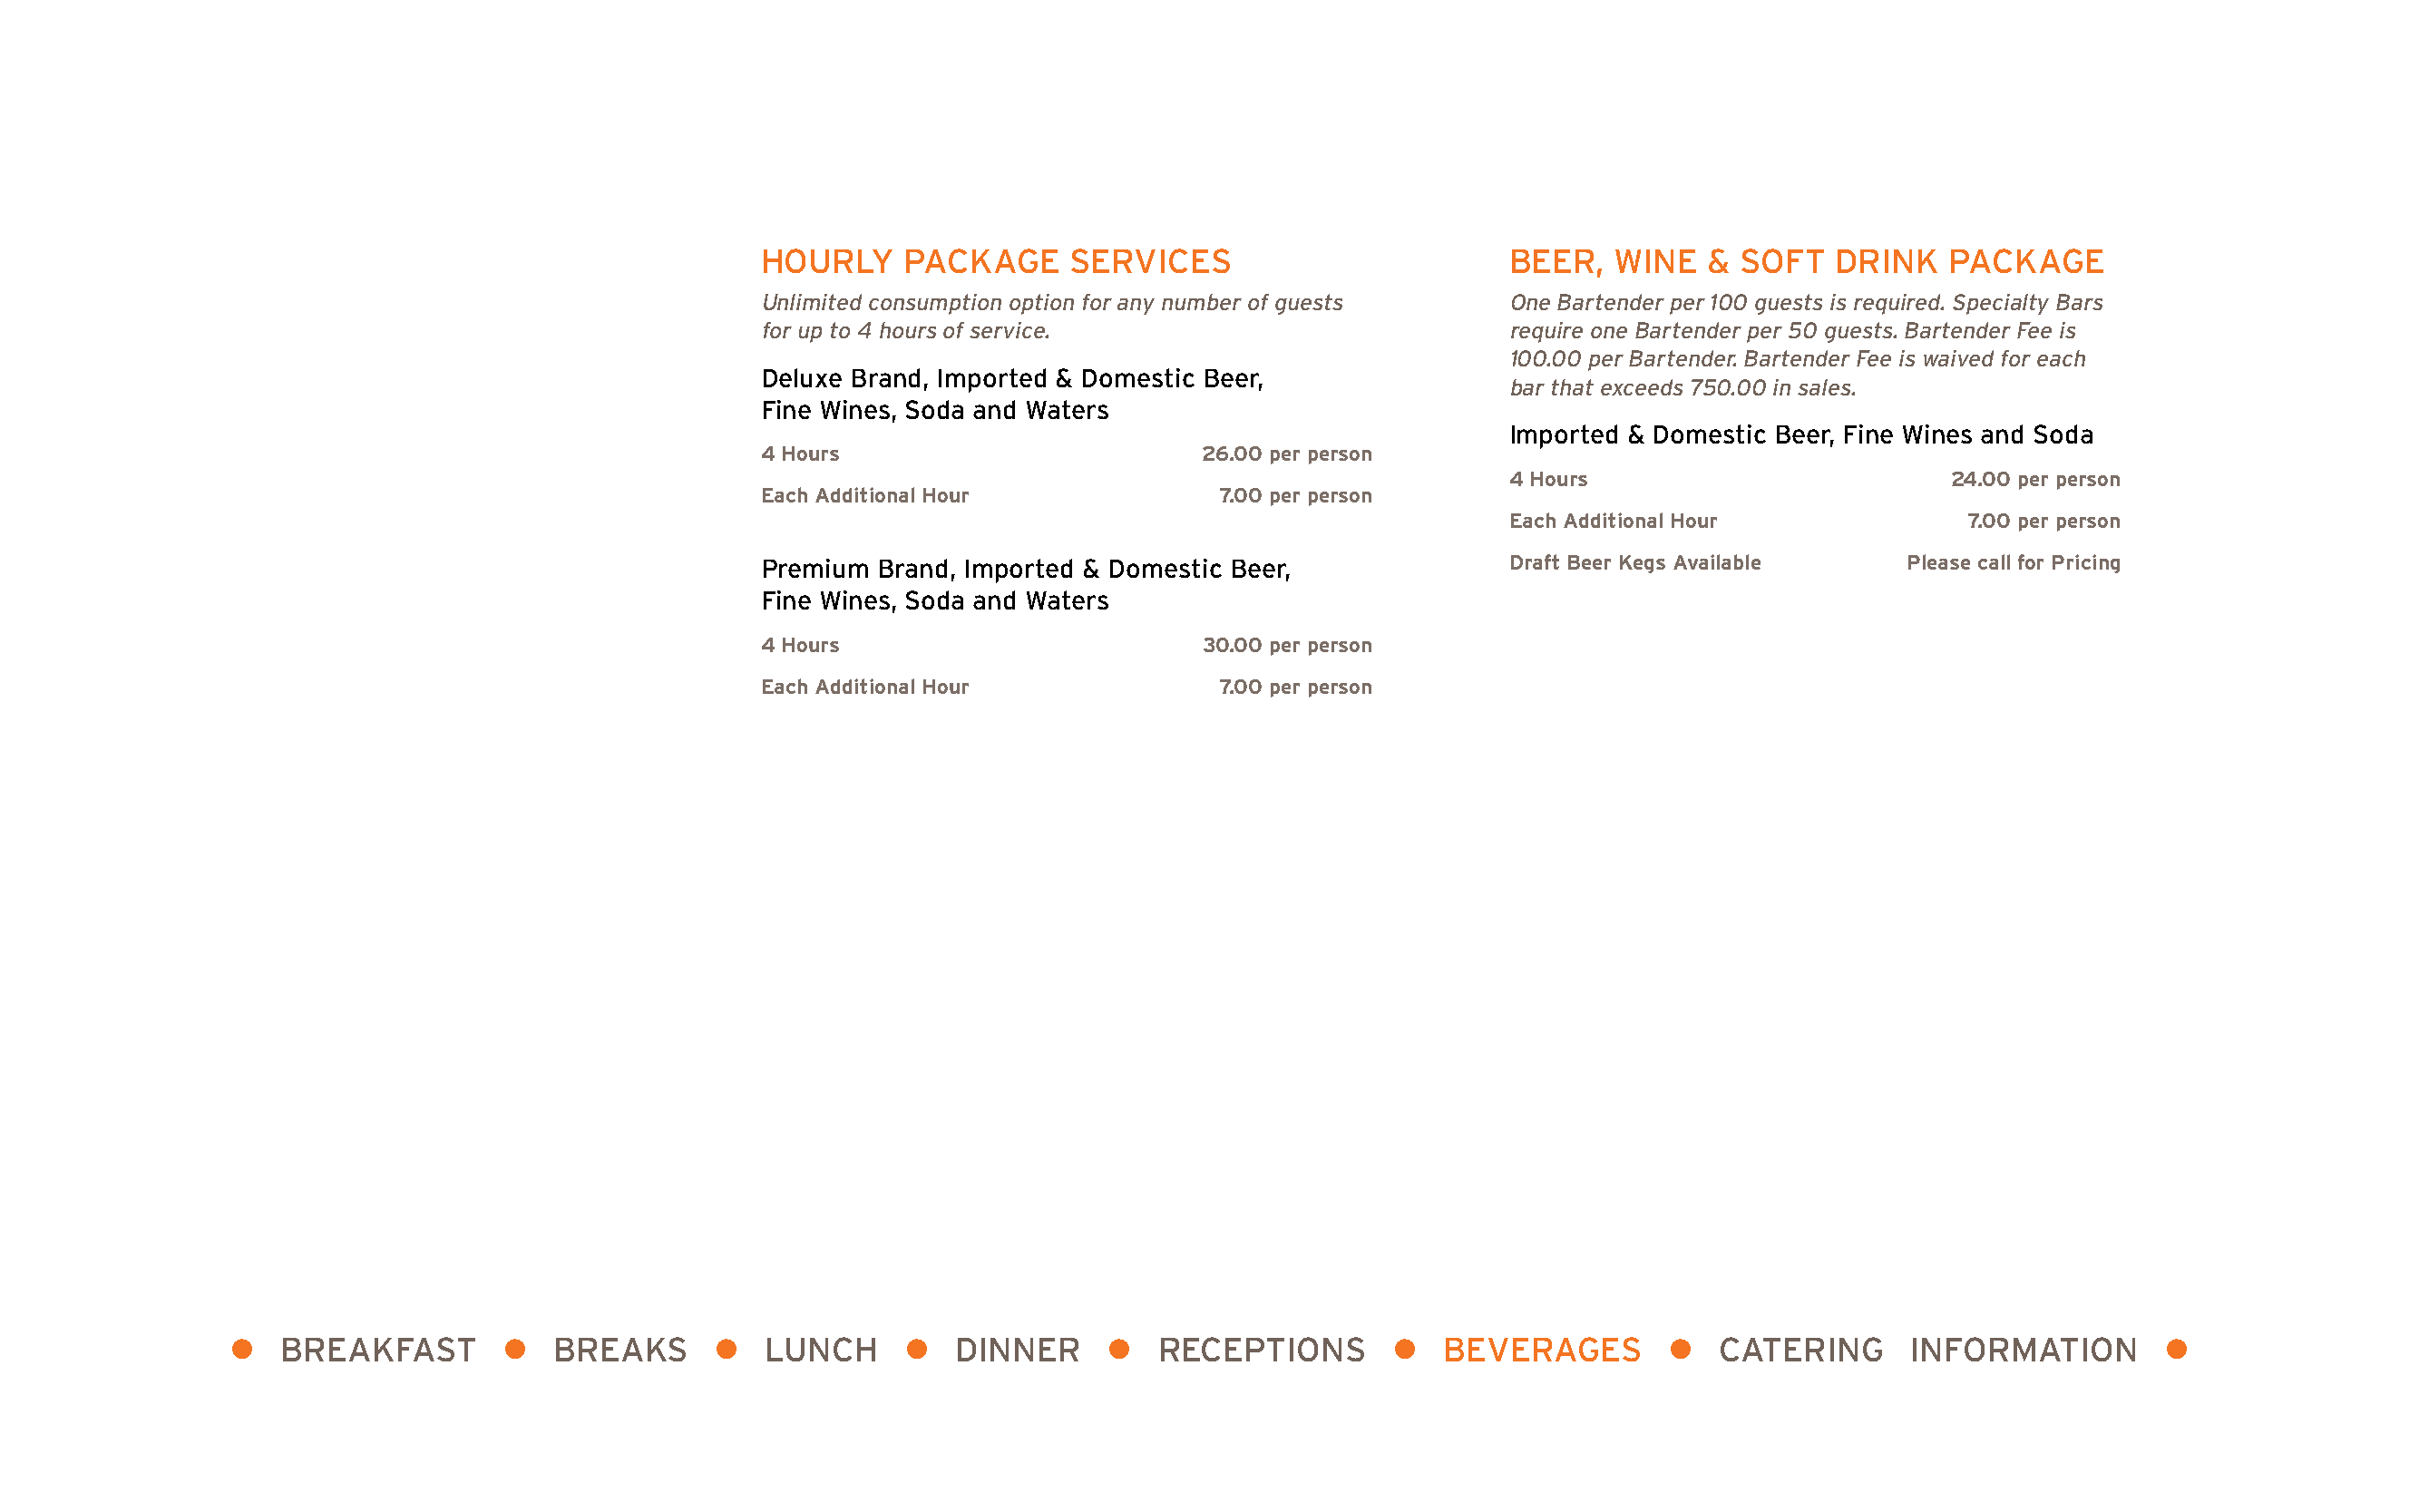
HOURLY    PACKAGE     SERVICES                        BEER,   WINE   & SOFT   DRINK   PACKAGE
 Unlimited consumption option for any number of guests  One Bartender per 100 guests is required. Specialty Bars
 for up to 4 hours of service.                          require one Bartender per 50 guests. Bartender Fee is
 100.00 per Bartender. Bartender Fee is waived for each
 Deluxe Brand, Imported & Domestic Beer,
 bar that exceeds 750.00 in sales.
 Fine Wines, Soda and Waters
 Imported & Domestic Beer, Fine Wines and Soda
 4 Hours                         26.00 per person
 4 Hours                         24.00 per person
 Each Additional Hour             7.00 per person
 Each Additional Hour              7.00 per person
 Premium Brand, Imported & Domestic Beer,              Draft Beer Kegs Available    Please call for Pricing
 Fine Wines, Soda and Waters
 4 Hours                         30.00 per person
 Each Additional Hour             7.00 per person
 l  BREAKFAST        l  BREAKS      l   LUNCH     l   DINNER     l   RECEPTIONS       l  BEVERAGES        l  CATERING      INFORMATION        l